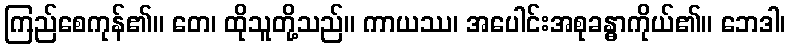
ကြည်စေကုန်၏။ တေ၊ ထိုသူတို့သည်။ ကာယဿ၊ အပေါင်းအစုခန္ဓာကိုယ်၏။ ဘေဒါ၊